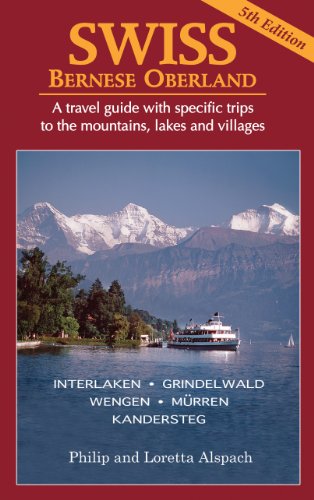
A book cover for SWISS Bernese Oberland - Newly Revised 5th Edition - A Travel Guide with Specific Trips to the Mountains, Lakes and Villages with New Section on the Cities, Towns and Villages; Philip H. Alspach; Travel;